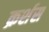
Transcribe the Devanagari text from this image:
क्रर्शस